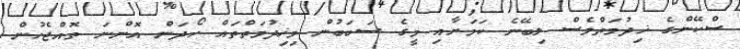
ސްކޭންގެ ޚިދުމަތްވެސް ލިބޭނެ ކަމަށާއި މީގެ ސަބަބުން މިޚިދުމަތްތައް ހޯދަން އޮންނަ ތޮއްޖެހުން